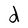
Character: d